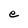
Character: e